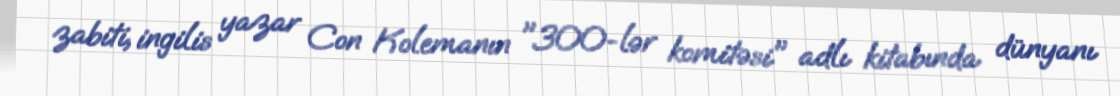
zabiti, ingilis yazar Con Kolemanın "300-lər komitəsi" adlı kitabında dünyanı